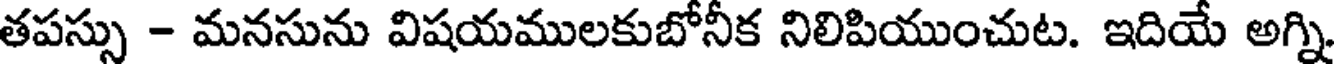
తపస్సు - మనసును విషయములకుబోనీక నిలిపియుంచుట. ఇదియే అగ్ని